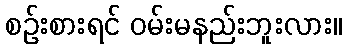
စဉ်းစားရင် ဝမ်းမနည်းဘူးလား။